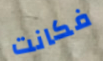
فكانت